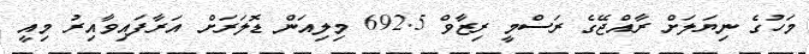
މަހުގެ ނިޔަލަށް ރާއްޖޭގެ ރަސްމީ ރިޒާވް 692.5 މިލިއަން ޑޮލަރަށް އަރާފައިވާއިރު މިއީ